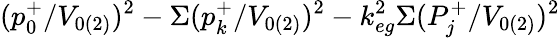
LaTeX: (p_{0}^{+}/V_{0(2)})^{2}-\Sigma(p_{k}^{+}/V_{0(2)})^{2}-k_{eg}^{2}\Sigma(P_{j}^{+}/V_{0(2)})^{2}